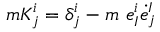
m K _ { j } ^ { i } = \delta _ { j } ^ { i } - m ~ e _ { I } ^ { i } { \dot { e } } _ { j } ^ { I }